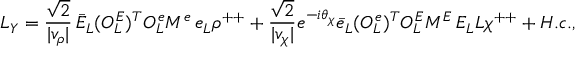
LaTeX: { \cal L } _ { Y } = \frac { \sqrt { 2 } } { \vert v _ { \rho } \vert } \, \bar { E } _ { L } ( { \cal O } _ { L } ^ { E } ) ^ { T } { \cal O } _ { L } ^ { e } M ^ { e } \, e _ { L } \rho ^ { + + } + \frac { \sqrt { 2 } } { \vert v _ { \chi } \vert } e ^ { - i \theta _ { \chi } } \bar { e } _ { L } ( { \cal O } _ { L } ^ { e } ) ^ { T } { \cal O } _ { L } ^ { E } M ^ { E } \, E _ { L } L \chi ^ { + + } + H . c . ,